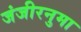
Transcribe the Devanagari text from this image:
जंजीरनुमा